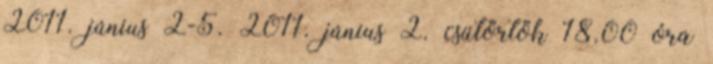
2011. június 2-5. 2011. június 2. csütörtök 18.00 óra